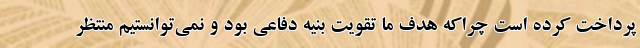
پرداخت کرده است چراکه هدف ما تقویت بنیه دفاعی بود و نمی‌توانستیم منتظر